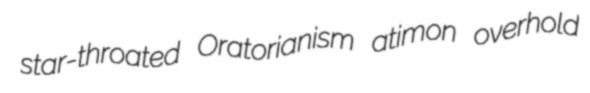
star-throated Oratorianism atimon overhold